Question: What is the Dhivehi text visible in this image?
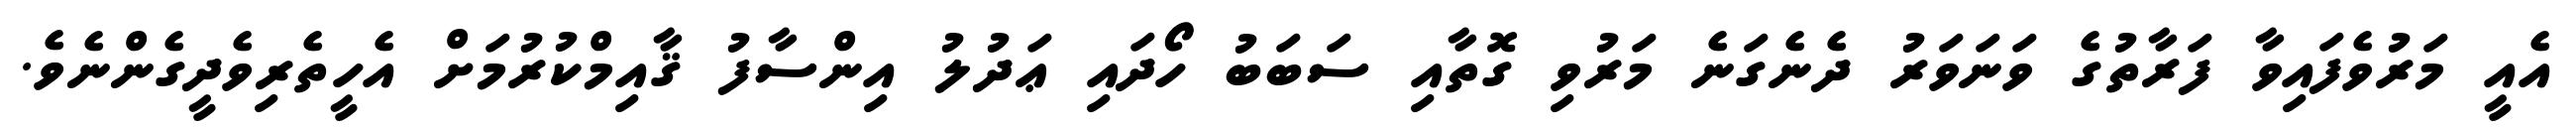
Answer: އެއީ މަރުވެފައިވާ ފަރާތުގެ ވަނަވަރު ދެނެގަނެ މަރުވި ގޮތާއި ސަބަބު ހޯދައި ޢަދުލު އިންސާފު ޤާއިމްކުރުމަށް އެހީތެރިވެދީގެންނެވެ.